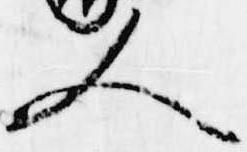
人